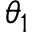
\theta _ { 1 }